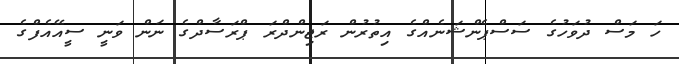
ހަ މަސް ދުވަހުގެ ސަސްޕެންޝަނެއްގެ އިތުރުން ރަޖިންދްރަ ޕްރަސާދްގެ ނަން ވަނީ ސީއޭއެފްގެ